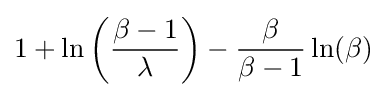
1+\ln \left({\frac {\beta -1}{\lambda }}\right)-{\frac {\beta }{\beta -1}}\ln(\beta )